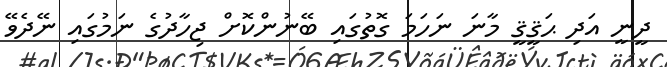
ދީނީ އަދި ޙަޤީޤީ މާނަ ނަހަމަ ގޮތުގައި ބޭނުންކޮށް ޖިހާދުގެ ނަމުގައި ނޭދެވޭ